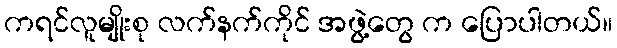
ကရင်လူမျိုးစု လက်နက်ကိုင် အဖွဲ့တွေ က ပြောပါတယ်။